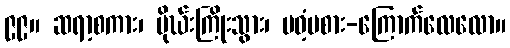
၉၉။ ဆရာ့စကား၊ မိုဃ်းကြိုးသွား၊ မဝံ့မစား-ကြောက်လေလော။